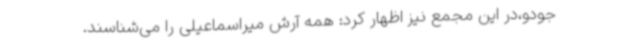
جودو،در این مجمع نیز اظهار کرد: همه آرش میراسماعیلی را می‌شناسند.